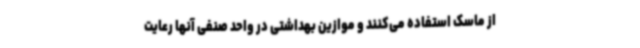
از ماسک استفاده می‌کنند و موازین بهداشتی در واحد صنفی آنها رعایت